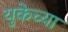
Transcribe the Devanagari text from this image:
युकेच्या